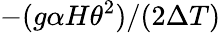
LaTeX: -(g\alpha H\theta^{2})/(2\Delta T)